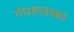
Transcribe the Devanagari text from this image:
गंधशलाका